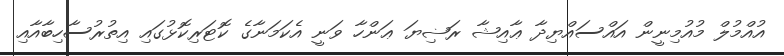
އުއްމުލް މުއުމިނީން އައްސައްޔިދާ ޢާއިޝާ ރަޟިޔަ ޢަންހާ ވަނީ އެކަމަނާގެ ކޮޓަރިކޮޅުގައި އިތުރުސާހިބާއާއި